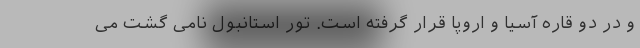
و در دو قاره آسیا و اروپا قرار گرفته است. تور استانبول نامی گشت می